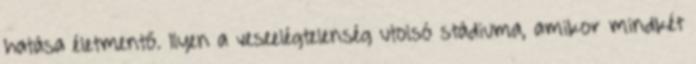
hatása életmentő. Ilyen a veseelégtelenség utolsó stádiuma, amikor mindkét